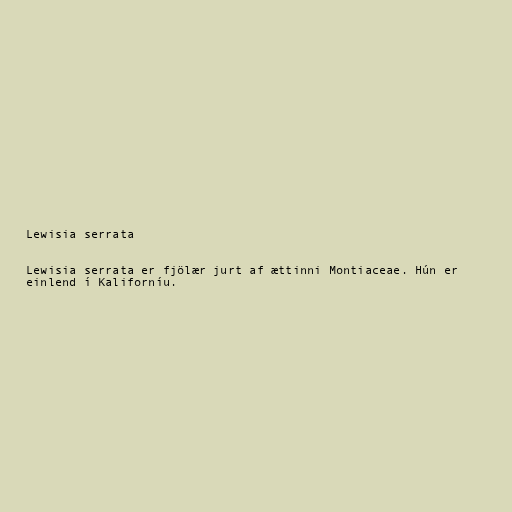
Lewisia serrata

Lewisia serrata er fjölær jurt af ættinni Montiaceae. Hún er
einlend í Kaliforníu.